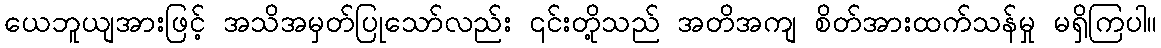
ယေဘူယျအားဖြင့် အသိအမှတ်ပြုသော်လည်း ၎င်းတို့သည် အတိအကျ စိတ်အားထက်သန်မှု မရှိကြပါ။